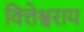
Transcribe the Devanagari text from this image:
वित्तेश्वराय